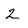
Character: 2